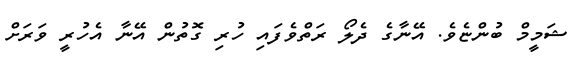
ޝަމީމް ބުންޏެވެ. އޭނާގެ ދެލޯ ރަތްވެފައި ހުރި ގޮތުން އޭނާ އެހުރީ ވަރަށް